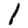
Digit: 1